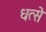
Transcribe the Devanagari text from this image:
धत्से